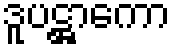
ဒူပဋ္ဌာကော